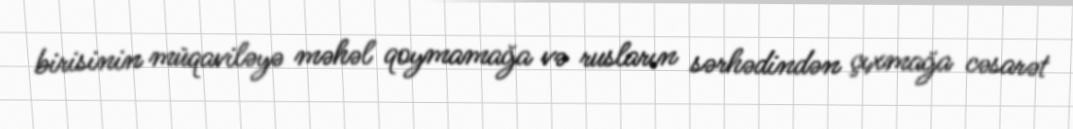
birisinin müqaviləyə məhəl qoymamağa və rusların sərhədindən çıxmağa cəsarət